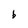
Character: b